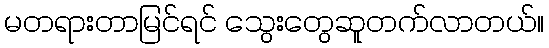
မတရားတာမြင်ရင် သွေးတွေဆူတက်လာတယ်။